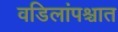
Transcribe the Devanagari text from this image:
वडिलांपश्चात